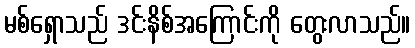
မစ်ရှောသည် ဒင်းနိစ်အကြောင်းကို တွေးလာသည်။